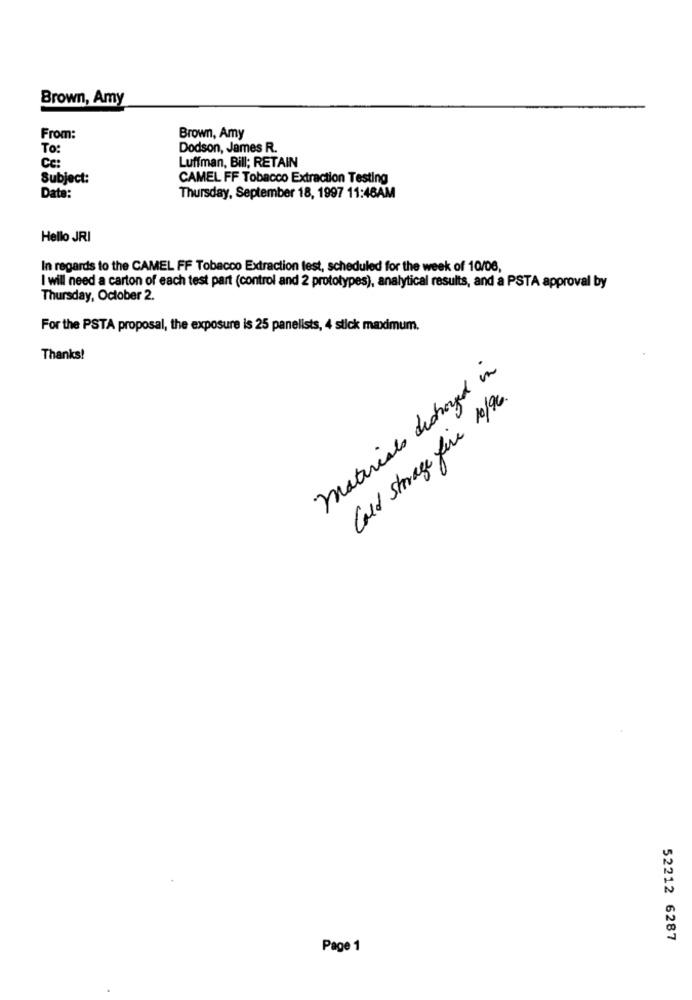
Brown, Amy
From:
Brown, Amy
To:
Dodson, James R.
Ce:
Luffman, Bill; RETAIN
Subject:
CAMEL FF Tobacco Extraction Testing
Date:
Thursday, September 18, 1997 11:46AM
Hello JRI
In regards to the CAMEL FF Tobacco Extraction test, scheduled for the week of 10/06,
I will need a carton of each test part (control and 2 prototypes), analytical results, and a PSTA approval by
Thursday, October 2.
For the PSTA proposal, the exposure is 25 panelists, 4 stick maximum.
Thanks!
materials dicharged in
Cold Storage fire 10/96.
52212 6287
Page 1